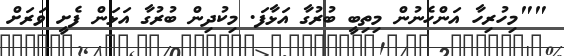
""މިހުރިހާ އަންހެނުން މިތިބީ ބުރުގާ އަޅާފަ. މިކުދިން ބުރުގާ އަޅަން ފެށީ ވަރަށް